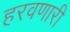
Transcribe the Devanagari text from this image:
हरवणारी